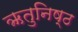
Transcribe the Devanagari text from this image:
ऋतुनिष्ठ